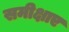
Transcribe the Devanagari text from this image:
समीक्षाए